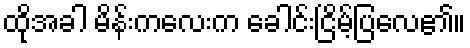
ထိုအခါ မိန်းကလေးက ခေါင်းငြိမ့်ပြလေ၏။